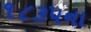
૧૮૩૫ના